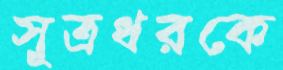
সূত্রধরকে